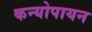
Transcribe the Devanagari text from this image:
कन्योपायन